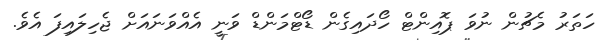
ހަތަރު މެޗުން ނުވަ ޕޮއިންޓް ހޯދައިގެން ޑޯޓްމަންޑް ވަނީ އެއްވަނައަށް ޖެހިލައިފަ އެވެ.